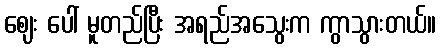
ဈေး ပေါ် မူတည်ပြီး အရည်အသွေးက ကွာသွားတယ်။